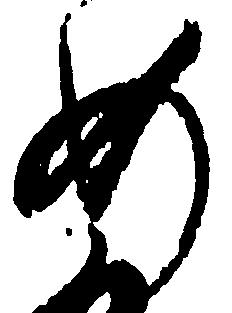
め